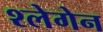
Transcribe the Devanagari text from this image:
श्लेगेन